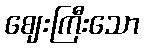
ဈေးကြီးသော